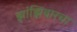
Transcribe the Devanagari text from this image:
झांझिबारचा